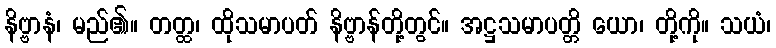
နိဗ္ဗာနံ၊ မည်၏။ တတ္ထ၊ ထိုသမာပတ် နိဗ္ဗာန်တို့တွင်။ အဋ္ဌသမာပတ္တိ ယော၊ တို့ကို။ သယံ၊